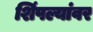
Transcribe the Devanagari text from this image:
शिंपल्यांवर